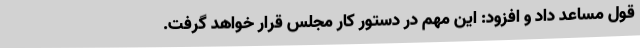
قول مساعد داد و افزود: این مهم در دستور کار مجلس قرار خواهد گرفت.